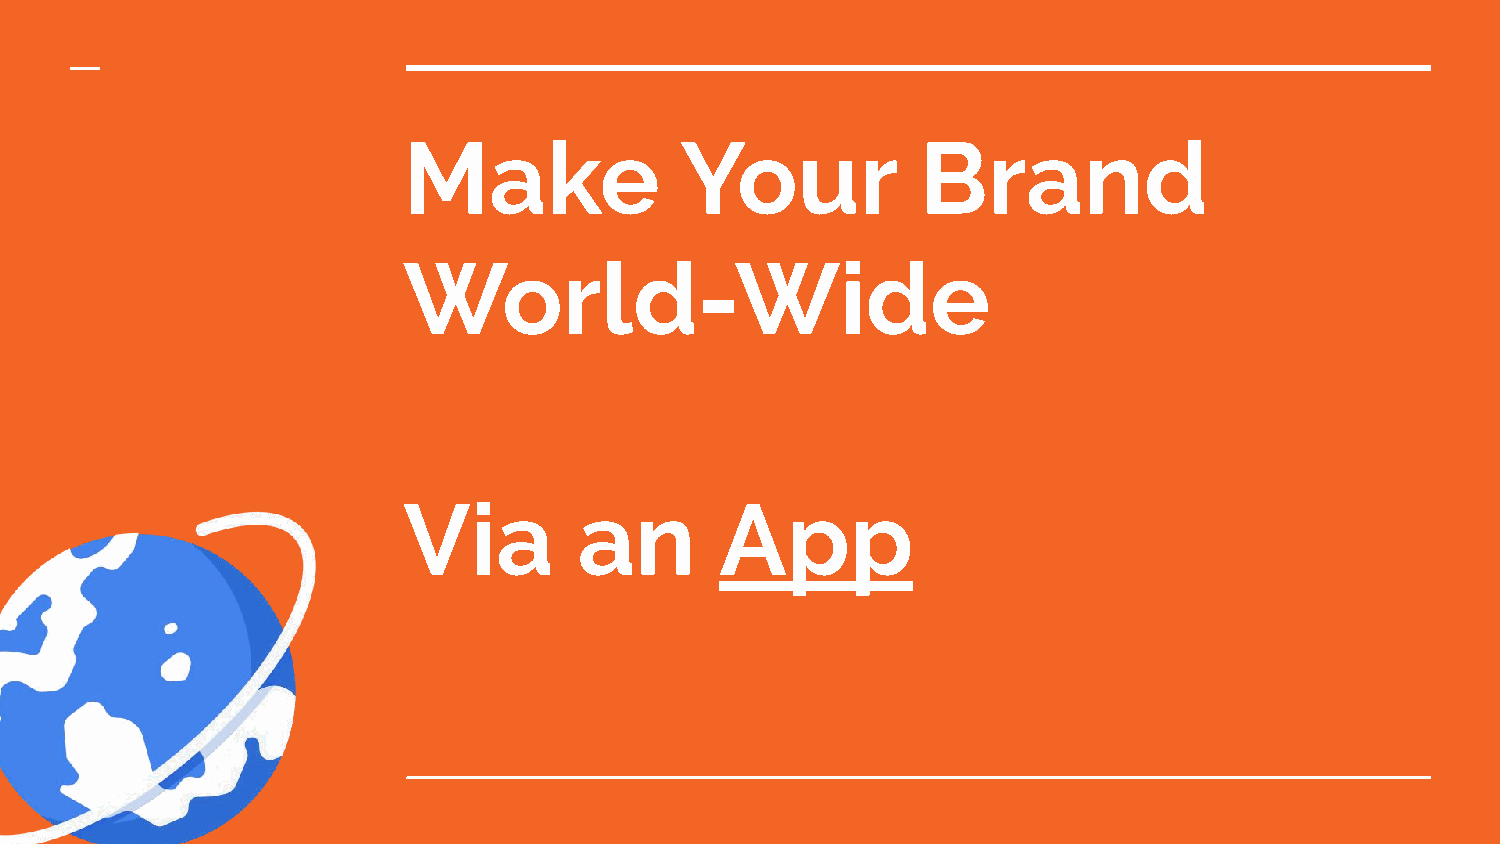
Make              Your            Brand
 World-Wide
 Via        an        App